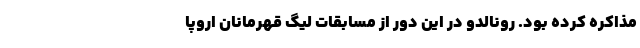
مذاکره کرده بود. رونالدو در این دور از مسابقات لیگ قهرمانان اروپا